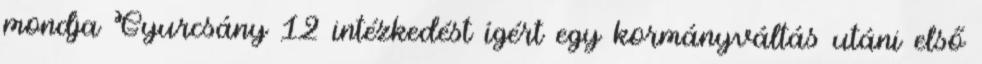
mondja Gyurcsány 12 intézkedést ígért egy kormányváltás utáni első